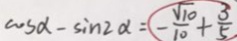
\cos \alpha - \sin 2 \alpha = - \frac { \sqrt { 1 0 } } { 1 0 } + \frac { 3 } { 5 }